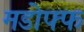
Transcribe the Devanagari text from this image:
मडोफ्फ